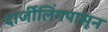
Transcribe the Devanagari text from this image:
दार्जीलिंगपासून